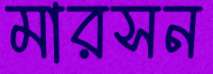
মারসন